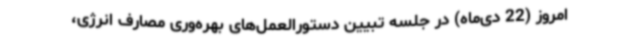
امروز (22 دی‌ماه) در جلسه تبیین دستورالعمل‌های بهره‌وری مصارف انرژی،